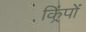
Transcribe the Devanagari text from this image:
किं्रपों